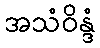
အသံဝိန္ဒံ